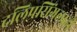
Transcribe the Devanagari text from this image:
दलिपसिंगलाही